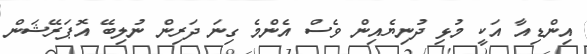
އިންޑިއާ އަކީ މުޅި ދުނިޔެއިން ވެސް އެންމެ ގިނަ ދަރިން ނުލިބޭ އޮޕަރޭޝަން